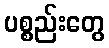
ပစ္စည်းတွေ